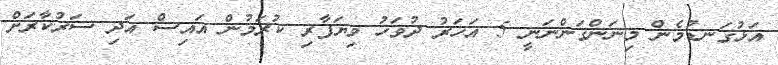
އަޅުގަނޑުމެން މިނަންގަންނަނީ 5 އަހަރު ދުވަހު ވިޔަފާރި ކުރަމުން އައިސް އަދި ސަރުކާރަށް